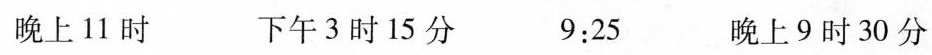
晚上11时 下午3时15分 9:25 晚上9时30分